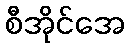
စီအိုင်အေ